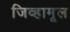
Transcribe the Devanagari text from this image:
जिव्हामूल